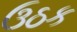
ઉઠક